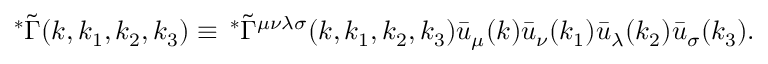
\, ^ { \ast } \tilde { \Gamma } ( k , k _ { 1 } , k _ { 2 } , k _ { 3 } ) \equiv \, ^ { \ast } \tilde { \Gamma } ^ { \mu \nu \lambda \sigma } ( k , k _ { 1 } , k _ { 2 } , k _ { 3 } ) \bar { u } _ { \mu } ( k ) \bar { u } _ { \nu } ( k _ { 1 } ) \bar { u } _ { \lambda } ( k _ { 2 } ) \bar { u } _ { \sigma } ( k _ { 3 } ) .